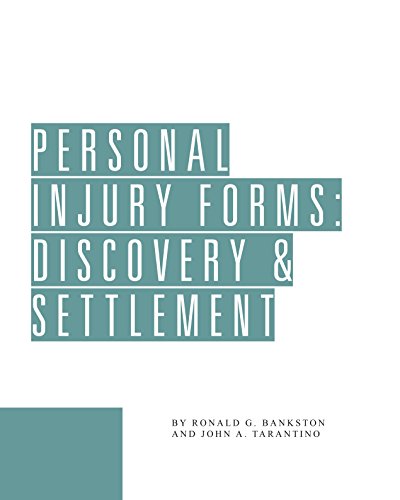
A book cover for Personal Injury Forms: Discovery and Settlement; John A. Tarantino; Law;